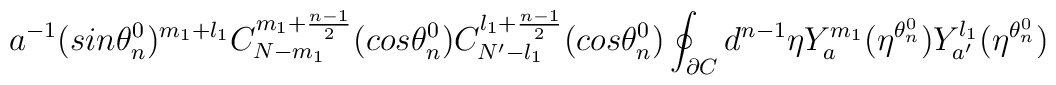
a^{-1}(sin{\theta_n^0})^{m_1+l_1}C_{N-m_1}^{m_1+\frac{n-1}{2}}(cos{\theta_n^0})C_{N'-l_1}^{l_1+\frac{n-1}{2}}(cos{\theta_n^0})\oint_{\partial C} d^{n-1}{\eta}Y_{a}^{m_1}(\eta^{\theta_n^0})Y_{a'}^{l_1}(\eta^{\theta_n^0})